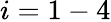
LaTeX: i=1-4